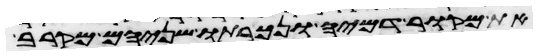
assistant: את מקור דמיה ונכרתו שניהם מקרב